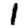
Digit: 1